Leaving Certificate Examination, 1913
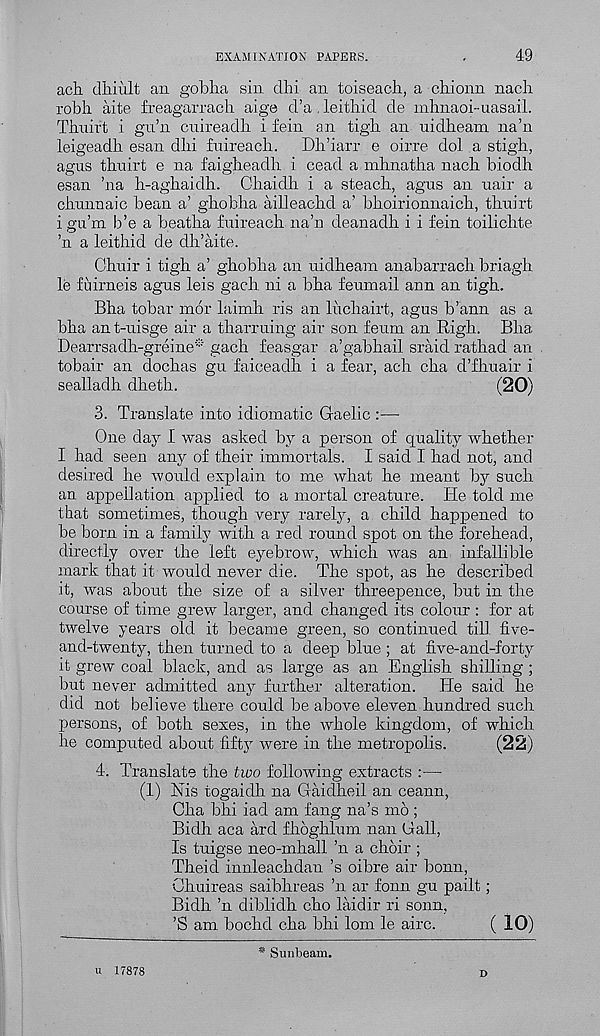
EXAMINATION PAPERS.
49
acli dhiult an goblia sin dhi an toiseach, a chionn nacli
robli aite freagarrach aige cl’a leitliid de inhnaoi-uasail.
Thuirt i gu’n cnireadh i fein an tigh an uidheam na’n
leigeadh esan did fnireach.
Dh’iarr e oirre dol a stigh,
agus thuirt e na faigheadh i cead a mhnatha nach biodh
esan ’na h-aghaidh. Chaidh i a steach, agus an uair a
chunnaic bean a’ ghobha ailleachd a’ bhoirionnaich, thuirt
igu’m b’e a beatha fuireach na’n deanadh i i fein toilielite
’n a leithid de dh’aite.
Chuir i tigh a’ ghobha an uidheam anabarrach briagh
le fuirneis agus leis gach ni a bha feumail ann an tigh.
Bha tobar mor laimh ris an luchairt, agus b’ann as a
bha an t-uisge air a tharruing air son feum an Righ. Bha
Dearrsadh-greine* gach feasgar a’gabhail sraid rathad an
tobair an dochas gu faiceadh i a fear, ach cha d’fhuair i
sealladh dheth.
(20)
3. Translate into idiomatic Gaelic :—
One day I was asked by a person of quality whether
I had seen any of their immortals. I said I had not, and
desired he would explain to me what he meant by such
an appellation applied to a mortal creature. He told me
that sometimes, though very rarely, a child happened to
be born in a family with a red round spot on the forehead,
directly over the left eyebrow, which was an infallible
mark that it would never die. The spot, as he described
it, was about the size of a silver threepence, but in the
course of time grew larger, and changed its colour : for at
twelve years old it became green, so continued till five-
and-twenty, then turned to a deep blue ; at five-and-forty
it grew coal black, and as large as an English shilling ;
but never admitted any further alteration. He said he
did not believe there could be above eleven hundred such
persons, of both sexes, in the whole kingdom, of which
he computed about fifty were in the metropolis.
(22)
4. Translate the two following extracts :—■
(1) His togaidh na Gaidheil an ceann,
Cha bhi iad am fang na’s mo ;
Bidh aca arc! fhoghlum nan Gall,
Is tuigse neo-mhall ’n a choir ;
Theid innleachdan’s oibre air bonn,
Ohuireas saibhreas ’n ar fonn gu pailt;
Bidh ’n diblidh cho laidir ri sonn,
’S am bochd cha bhi lorn le airc.
( 10)
* Sunbeam.
u 17878
D